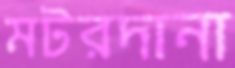
মটরদানা